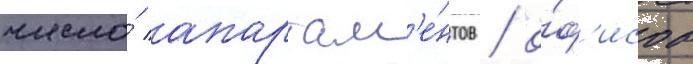
число́ апартам'е́нтов / о́ф'исов